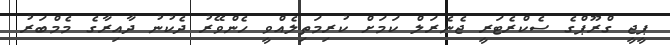
ޕީޖީ ގްރޫޕްގެ ސެކްރެޓަރީ ޖެނެރަލް ކަމަށް ކުރިމަތިލެއްވީ ހެންވޭރު ދެކުނު ދާއިރާގެ މެމްބަރު